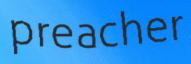
preacher